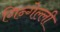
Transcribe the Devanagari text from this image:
गिन्गेल्ली